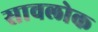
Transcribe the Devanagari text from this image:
सावलोक